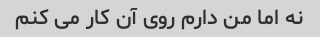
نه اما من دارم روی آن کار می کنم